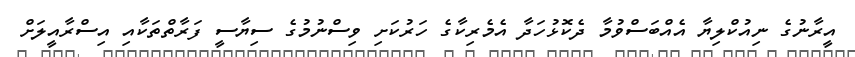
އީރާނުގެ ނިއުކްލިޔާ އެއްބަސްވުމާ ދެކޮޅުހަދާ އެމެރިކާގެ ހަރުކަށި ވިސްނުމުގެ ސިޔާސީ ފަރާތްތަކާއި އިސްރާއީލަށް